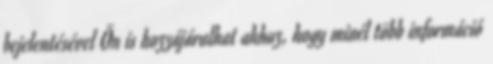
bejelentésével Ön is hozzájárulhat ahhoz, hogy minél több információ